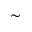
\sim